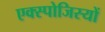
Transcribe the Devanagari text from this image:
एक्स्पोजिस्यों